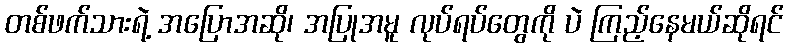
တစ်ဖက်သားရဲ့ အပြောအဆို၊ အပြုအမူ လုပ်ရပ်တွေကို ပဲ ကြည့်နေမယ်ဆိုရင်